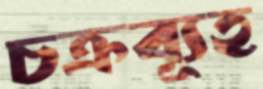
চক্রব্যূহ